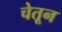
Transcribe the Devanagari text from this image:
चेतून